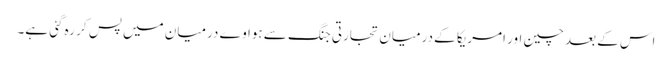
اس کے بعد چین اور امریکا کے درمیان تجارتی جنگ سے ہواوے درمیان میں پس کر رہ گئی ہے۔